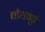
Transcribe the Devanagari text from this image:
चौथमुळे